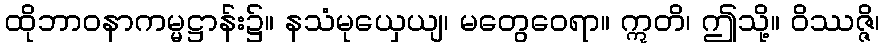
ထိုဘာဝနာကမ္မဋ္ဌာန်း၌။ နသံမုယှေယျ၊ မတွေဝေရာ။ ဣတိ၊ ဤသို့။ ဝိဿဇ္ဇိ၊